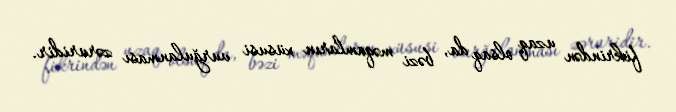
fikrindən uzaq olsaq da, bəzi məqamların xüsusi vurğulanması zəruridir.